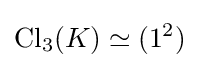
\mathrm {Cl} _{3}(K)\simeq (1^{2})